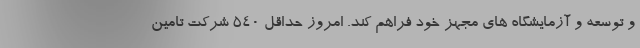
و توسعه و آزمایشگاه های مجهز خود فراهم کند. امروز حداقل ٥٤٠ شرکت تامین